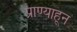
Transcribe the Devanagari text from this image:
प्राण्याहून